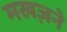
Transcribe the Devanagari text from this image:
मखज़ने